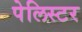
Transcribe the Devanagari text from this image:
पेलिस्टर